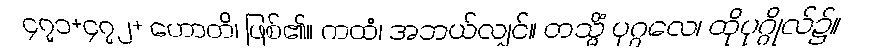
၄၇၁+၄၇၂+ ဟောတိ၊ ဖြစ်၏။ ကထံ၊ အဘယ်လျှင်။ တသ္မိံ ပုဂ္ဂလေ၊ ထိုပုဂ္ဂိုလ်၌။